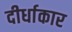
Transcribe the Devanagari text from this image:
दीर्धाकार